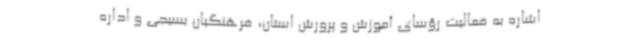
اشاره به فعالیت رؤسای آموزش و پرورش استان، فرهنگیان بسیجی و اداره